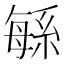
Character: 緐